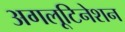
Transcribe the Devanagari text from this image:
अगलूटिनेशन